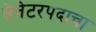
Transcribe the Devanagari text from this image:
सेनेटरपदाचा